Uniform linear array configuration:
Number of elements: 24
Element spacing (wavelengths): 0.25
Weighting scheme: hamming
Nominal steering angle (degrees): -30
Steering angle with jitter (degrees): -30.584
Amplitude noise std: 0.05
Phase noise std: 0.05

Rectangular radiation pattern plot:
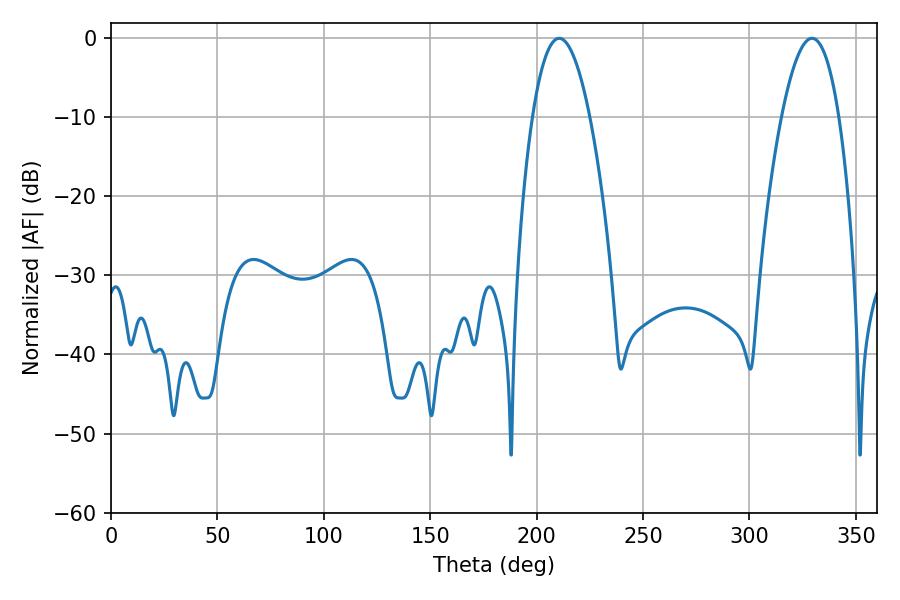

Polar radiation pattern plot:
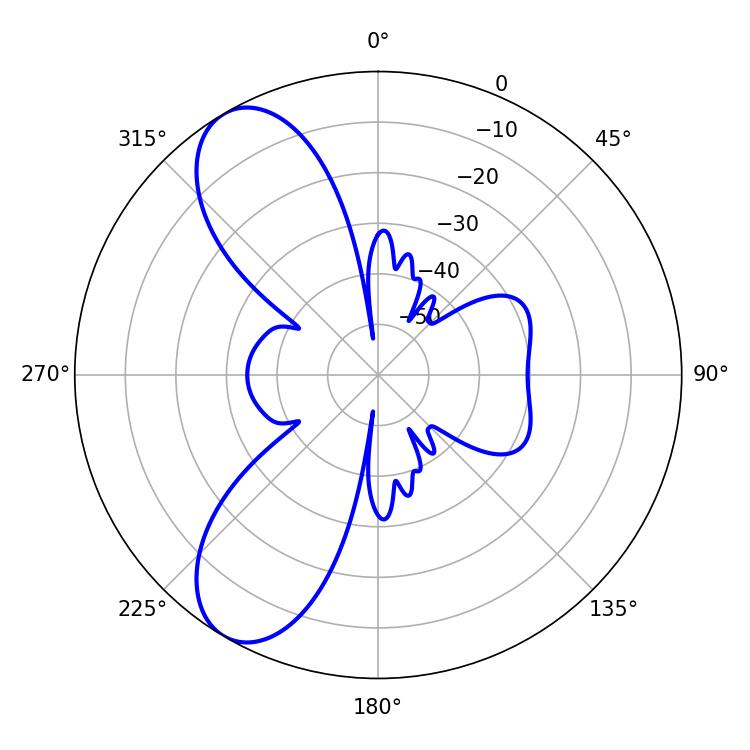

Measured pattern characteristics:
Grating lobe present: FALSE
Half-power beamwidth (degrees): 14.94
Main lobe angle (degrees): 210.6